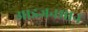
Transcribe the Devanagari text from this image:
आइजनमान